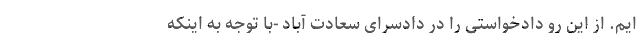
ایم. از این رو دادخواستی را در دادسرای سعادت آباد -با توجه به اینکه